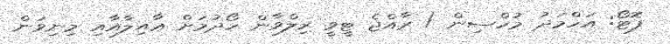
ފޮޓޯ: އަހްމަދު މުހްސިން / ރާއްޖެ ޓީވީ ރިލްވާން ހޯދުމަށް ޢާއިލާއާއި މިނިވަން